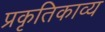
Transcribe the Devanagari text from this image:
प्रकृतिकाव्य